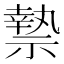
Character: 𮂑